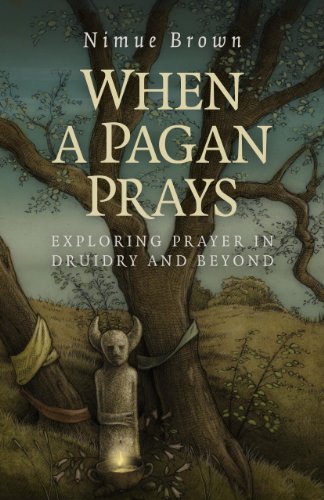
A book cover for When a Pagan Prays: Exploring Prayer in Druidry and Beyond; Nimue Brown; Religion & Spirituality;